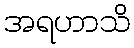
အရဟာသိ